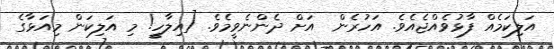
އަލިކަމެއް ފާޅުވެއްޖެއެވެ. އަހުރެން  އަށް ދެންނެވީމެވެ. [އިލާހީ! މި އަލިކަން މިއަޅާގެ